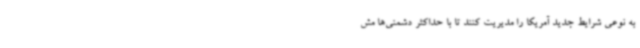
به نوعی شرایط جدید آمریکا را مدیریت کنند تا با حداکثر دشمنی‌ها مش